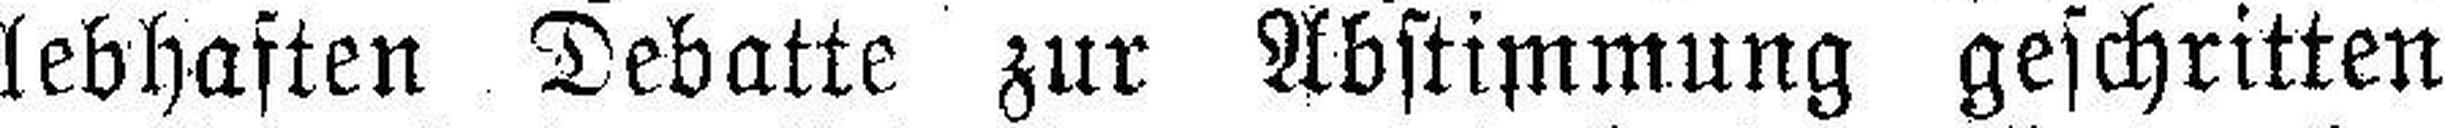
lebhaften Debatte zur Abstimmung geschritten